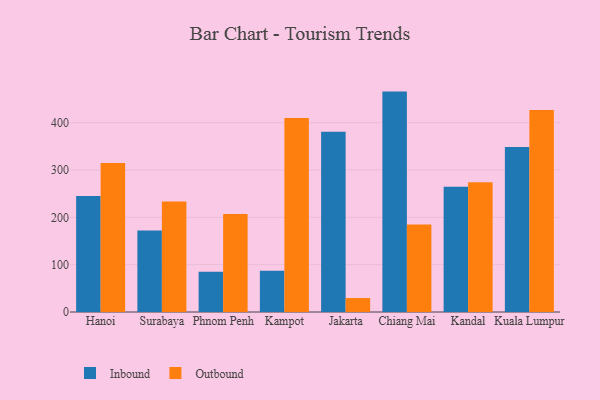
{"axis": {"x": "City", "y": "Churn Rate (%)"}, "legend": ["Inbound", "Outbound"], "data": [{"x": "Hanoi", "y": 244.8, "type": "Inbound"}, {"x": "Hanoi", "y": 315.0, "type": "Outbound"}, {"x": "Surabaya", "y": 172.1, "type": "Inbound"}, {"x": "Surabaya", "y": 233.2, "type": "Outbound"}, {"x": "Phnom Penh", "y": 84.8, "type": "Inbound"}, {"x": "Phnom Penh", "y": 207.2, "type": "Outbound"}, {"x": "Kampot", "y": 87.2, "type": "Inbound"}, {"x": "Kampot", "y": 409.7, "type": "Outbound"}, {"x": "Jakarta", "y": 380.8, "type": "Inbound"}, {"x": "Jakarta", "y": 29.5, "type": "Outbound"}, {"x": "Chiang Mai", "y": 465.6, "type": "Inbound"}, {"x": "Chiang Mai", "y": 184.7, "type": "Outbound"}, {"x": "Kandal", "y": 264.4, "type": "Inbound"}, {"x": "Kandal", "y": 274.2, "type": "Outbound"}, {"x": "Kuala Lumpur", "y": 348.6, "type": "Inbound"}, {"x": "Kuala Lumpur", "y": 426.6, "type": "Outbound"}]}